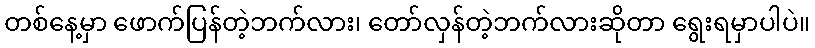
တစ်နေ့မှာ ဖောက်ပြန်တဲ့ဘက်လား၊ တော်လှန်တဲ့ဘက်လားဆိုတာ ရွေးရမှာပါပဲ။